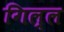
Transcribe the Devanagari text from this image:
गिल्ल